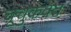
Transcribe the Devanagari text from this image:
चूचुकवत